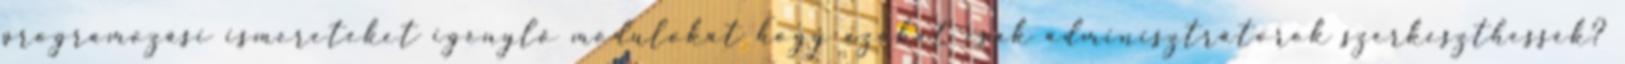
programozási ismereteket igénylő modulokat hogy azokat csak adminisztrátorok szerkeszthessék?